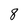
Character: 8